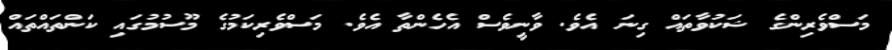
މަސްވެރިންގެ ޝަކުވާތައް ގިނަ އެވެ. ވާނީވެސް އެހެންތާ އެވެ. މަސްވެރިކަމުގެ މޫސުމުގައި ކަންތައްތައް